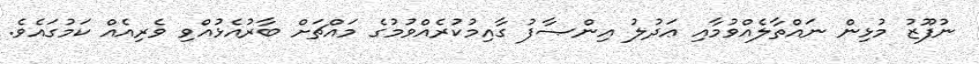
ނުފޫޒު މުޅިން ނައްތާލެއްވުމާއި ޢަދުލު އިންޞާފު ގާއިމުކުރެއްވުމުގެ މައްޗަށް ބާރުއެޅުއްވި ވެރިއެއް ކަމުގައެވެ.